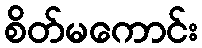
စိတ်မကောင်း